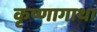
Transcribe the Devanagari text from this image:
कृष्णागाथा